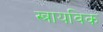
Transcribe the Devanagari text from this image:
स्त्रायविक